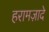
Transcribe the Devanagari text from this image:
हरामज़ादे